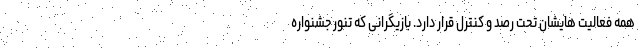
همه فعالیت هایشان تحت رصد و کنترل قرار دارد. بازیگرانی که تنور جشنواره